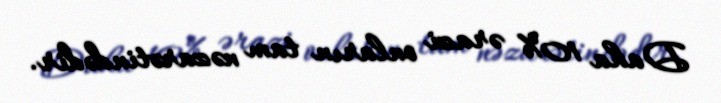
Daha 10% ərazi onların tam nəzarətindədir.